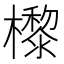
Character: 㰀